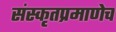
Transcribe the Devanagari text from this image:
संस्कृतप्रमाणेच